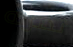
تضربه